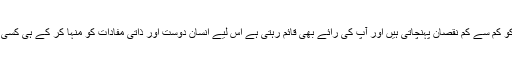
بہترین اخلاقیات وہ ہے جو دوسرے کو کم سے کم نقصان پہنچاتی ہیں اور آپ کی رائے بھی قائم رہتی ہے اس لیے انسان دوست اور ذاتی مفادات کو منہا کر کے ہی کسی کی رائے کو یقینی بنایا جا سکتا ہے۔